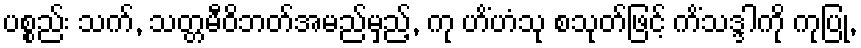
ပစ္စည်း သက်, သတ္တမီဝိဘတ်အမည်မှည့်, ကု ဟိံဟံသု စသုတ်ဖြင့် ကိံသဒ္ဒါကို ကုပြု,